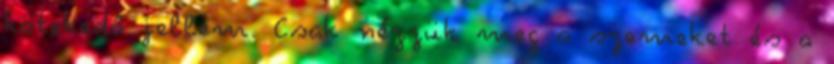
kötekedő jellem. Csak nézzük meg a szemeket és a